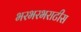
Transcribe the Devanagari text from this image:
भरभरभराटीस